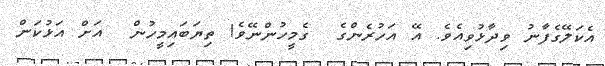
އެކަލޭގެފާނު ވިދާޅުވިއެވެ. އޭ އަހުރެންގެ  ގެމީހުންނޭވެ! ތިޔަބައިމީހުން  އަށް އަޅުކަން